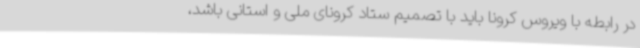
در رابطه با ویروس کرونا باید با تصمیم ستاد کرونای ملی و استانی باشد،